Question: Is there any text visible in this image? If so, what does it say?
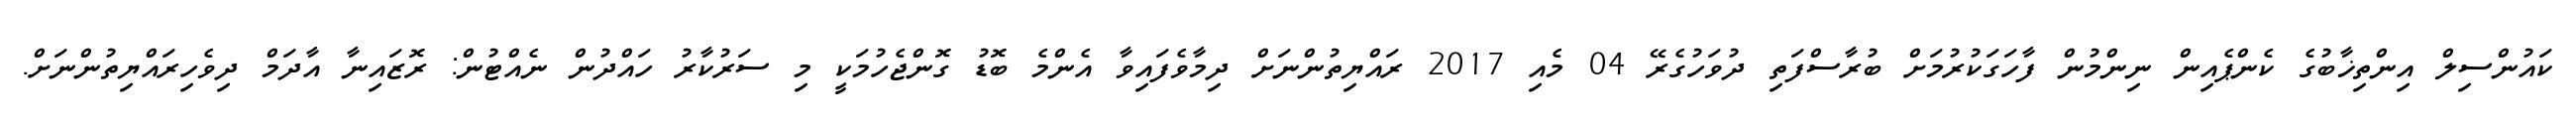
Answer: ކައުންސިލް އިންތިޚާބުގެ ކެންޕެއިން ނިންމުން ފާހަގަކުރުމަށް ބުރާސްފަތި ދުވަހުގެރޭ 04 މެއި 2017 ރައްޔިތުންނަށް ދިމާވެފައިވާ އެންމެ ބޮޑު ގޮންޖެހުމަކީ މި ސަރުކާރު ހައްދުން ނެއްޓުން: ރޮޒައިނާ އާދަމް ދިވެހިރައްޔިތުންނަށް.